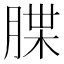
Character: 𦜫